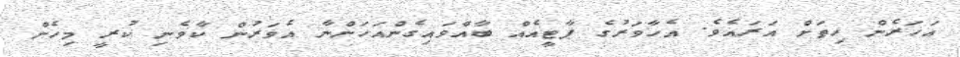
އަހަރެން ހިތަށް އަރައެވެ. އެހާވަރުގެ ޕާޓީއެއް ބާއްވައިގެންއަހަންނާ އެވަރުން ކާވެނި ކުރީ މިހެން